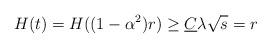
LaTeX: \begin{align*} H(t) = H((1-\alpha^2)r) \ge \underline C \lambda \sqrt s = r \end{align*}